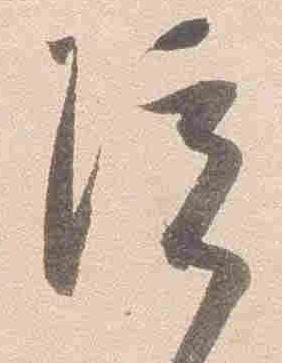
院